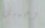
وجميل